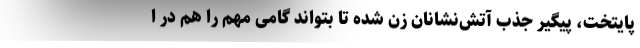
پایتخت، پیگیر جذب آتش‌نشانان زن شده تا بتواند گامی مهم را هم در ا